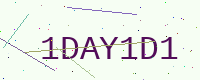
Text: 1DAY1D1